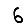
Digit: 6